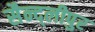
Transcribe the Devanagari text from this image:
सैन्द्लीपुर